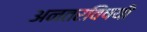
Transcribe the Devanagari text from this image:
अनतरविषयी